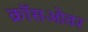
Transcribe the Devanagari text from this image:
क्राॅसओवर